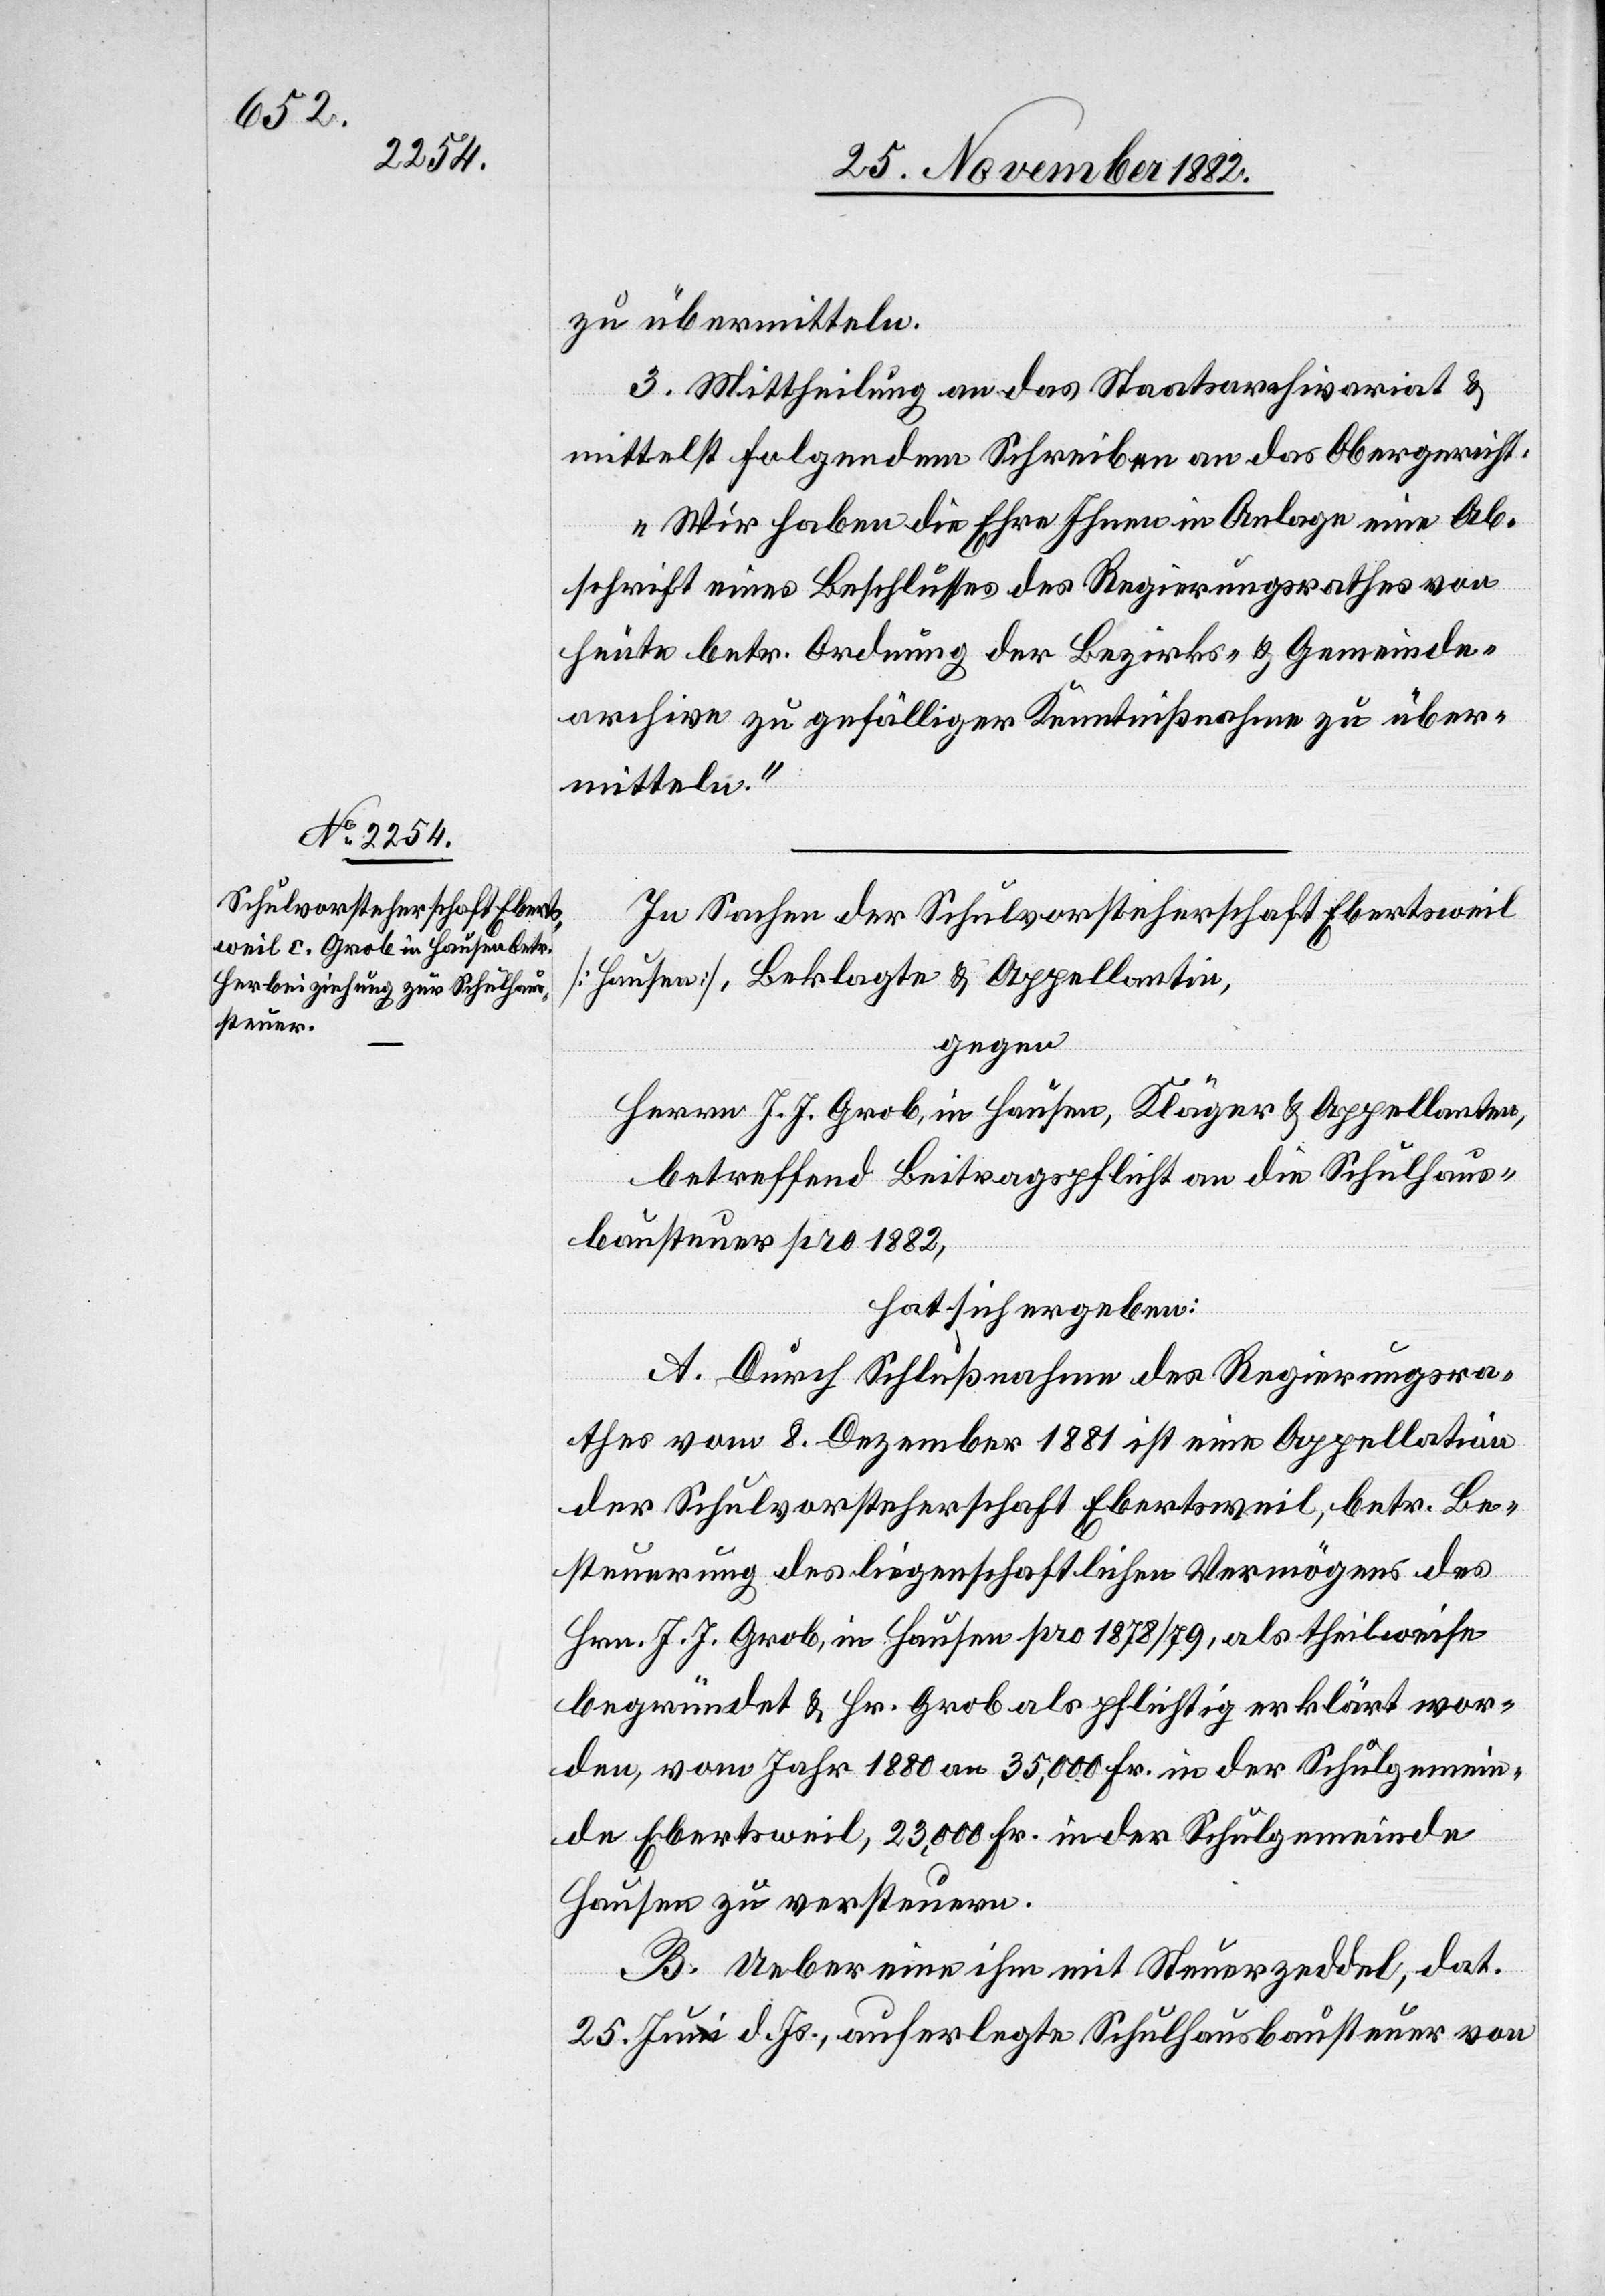
zu übermitteln.
3. Mittheilung an das Staatsarchivariat &
mittelst folgendem Schreiben an das Obergericht:
„Wir haben die Ehre Ihnen in Anlage eine Ab¬
schrift eines Beschlusses des Regierungsrathes von
heute betr. Ordnung der Bezirks- & Gemeinde¬
archive zu gefälliger Kenntnißnahme zu über¬
mitteln.“
In Sachen der Schulvorsteherschaft Ebertsweil
[Hausen], Beklagte & Appellantin,
gegen
Herrn J. J. Grob, in Hausen, Kläger & Appellanten,
betreffend Beitragspflicht an die Schulhaus¬
bausteuer pro 1882,
hat sich ergeben:
A. Durch Schlußnahme des Regierungsra¬
thes vom 8. Dezember 1881 ist eine Appellation
der Schulvorsteherschaft Ebertsweil, betr. Be¬
steuerung des liegenschaftlichen Vermögens des
Hrn. J. J. Grob, in Hausen pro 1878/79, als theilweise
begründet & Hr. Grob als pflichtig erklärt wor¬
den, vom Jahr 1880 an 35,000 Fr. in der Schulgemein¬
de Ebertsweil, 23,000 Fr. in der Schulgemeinde
Hausen zu versteuern.
B. Ueber eine ihm mit Steuerzeddel, dat.
25. Juni d. Js., auferlegte Schulhausbausteuer von